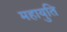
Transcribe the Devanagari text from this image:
महायुति